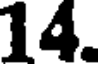
14.